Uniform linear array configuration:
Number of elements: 64
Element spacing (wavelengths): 0.25
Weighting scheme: hann
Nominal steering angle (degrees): -15
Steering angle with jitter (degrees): -16.246
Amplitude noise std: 0.05
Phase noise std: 0.05

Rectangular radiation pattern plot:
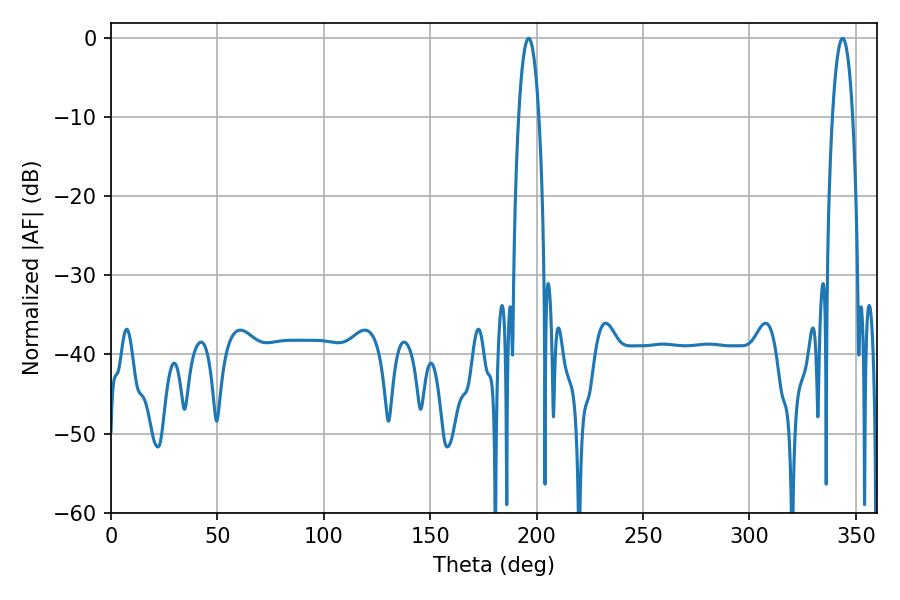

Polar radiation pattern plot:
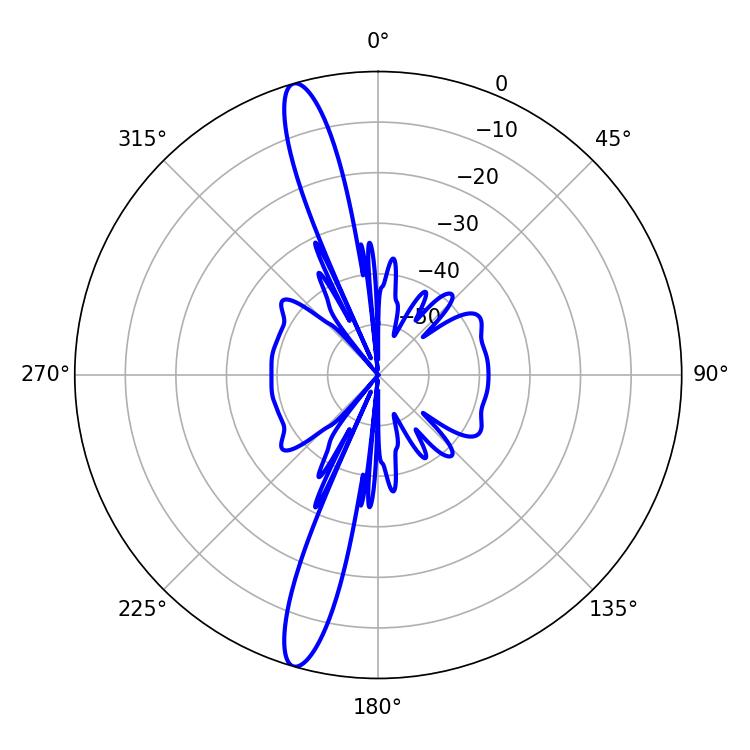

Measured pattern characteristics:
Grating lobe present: FALSE
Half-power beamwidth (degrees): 5.22
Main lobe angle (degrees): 196.2